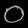
Digit: ၀